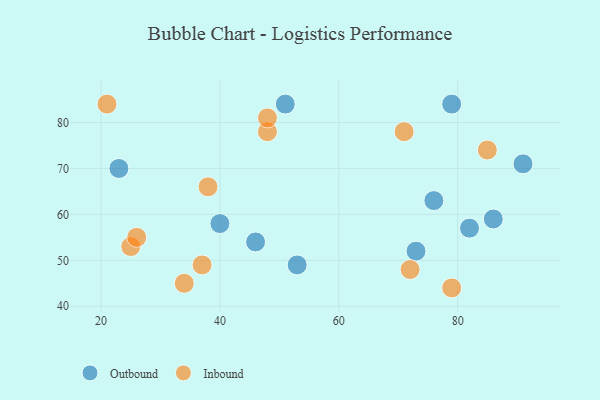
{"axis": {"x": "GDP", "y": "Life Expectancy"}, "legend": ["Inbound", "Outbound"], "data": [{"x": "86", "y": 59, "type": "Outbound"}, {"x": "46", "y": 54, "type": "Outbound"}, {"x": "23", "y": 70, "type": "Outbound"}, {"x": "91", "y": 71, "type": "Outbound"}, {"x": "51", "y": 84, "type": "Outbound"}, {"x": "76", "y": 63, "type": "Outbound"}, {"x": "73", "y": 52, "type": "Outbound"}, {"x": "40", "y": 58, "type": "Outbound"}, {"x": "82", "y": 57, "type": "Outbound"}, {"x": "79", "y": 84, "type": "Outbound"}, {"x": "53", "y": 49, "type": "Outbound"}, {"x": "34", "y": 45, "type": "Inbound"}, {"x": "48", "y": 78, "type": "Inbound"}, {"x": "25", "y": 53, "type": "Inbound"}, {"x": "38", "y": 66, "type": "Inbound"}, {"x": "71", "y": 78, "type": "Inbound"}, {"x": "21", "y": 84, "type": "Inbound"}, {"x": "48", "y": 81, "type": "Inbound"}, {"x": "26", "y": 55, "type": "Inbound"}, {"x": "85", "y": 74, "type": "Inbound"}, {"x": "37", "y": 49, "type": "Inbound"}, {"x": "79", "y": 44, "type": "Inbound"}, {"x": "72", "y": 48, "type": "Inbound"}]}